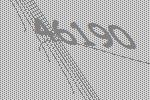
46190